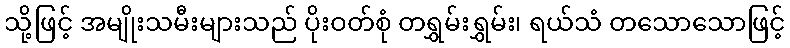
သို့ဖြင့် အမျိုးသမီးများသည် ပိုးဝတ်စုံ တရွှမ်းရွှမ်း၊ ရယ်သံ တသောသောဖြင့်